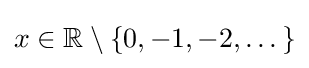
x\in \mathbb {R} \setminus \{0,-1,-2,\dots \}